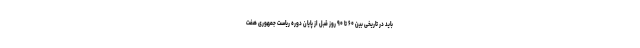
باید در تاریخی بین ۶۰ تا ۹۰ روز قبل از پایان دوره ریاست جمهوری هفت